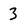
Character: 3